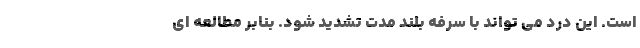
است. این درد می تواند با سرفه بلند مدت تشدید شود. بنابر مطالعه ای